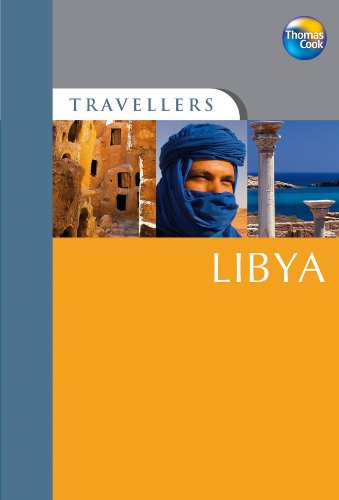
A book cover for Travellers Libya (Travellers - Thomas Cook); Thomas Cook Publishing; Travel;